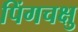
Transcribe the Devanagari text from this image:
पिंगचक्षु